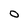
Character: O